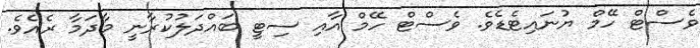
ވެސްޓް ހޭމް ޔުނައިޓެޑެވެ. ވެސްޓް ހޭމް އާއި ސިޓީ ބައްދަލުކުރާނީ މާދަމާ ރެއެވެ.